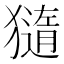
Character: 𤢍